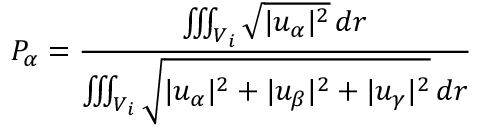
P _ { \alpha } = \frac { \iiint _ { V _ { i } } \sqrt { | u _ { \alpha } | ^ { 2 } } \, d r } { \iiint _ { V _ { i } } \sqrt { | u _ { \alpha } | ^ { 2 } + | u _ { \beta } | ^ { 2 } + | u _ { \gamma } | ^ { 2 } } \, d r }